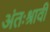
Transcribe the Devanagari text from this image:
अंतःश्रावी